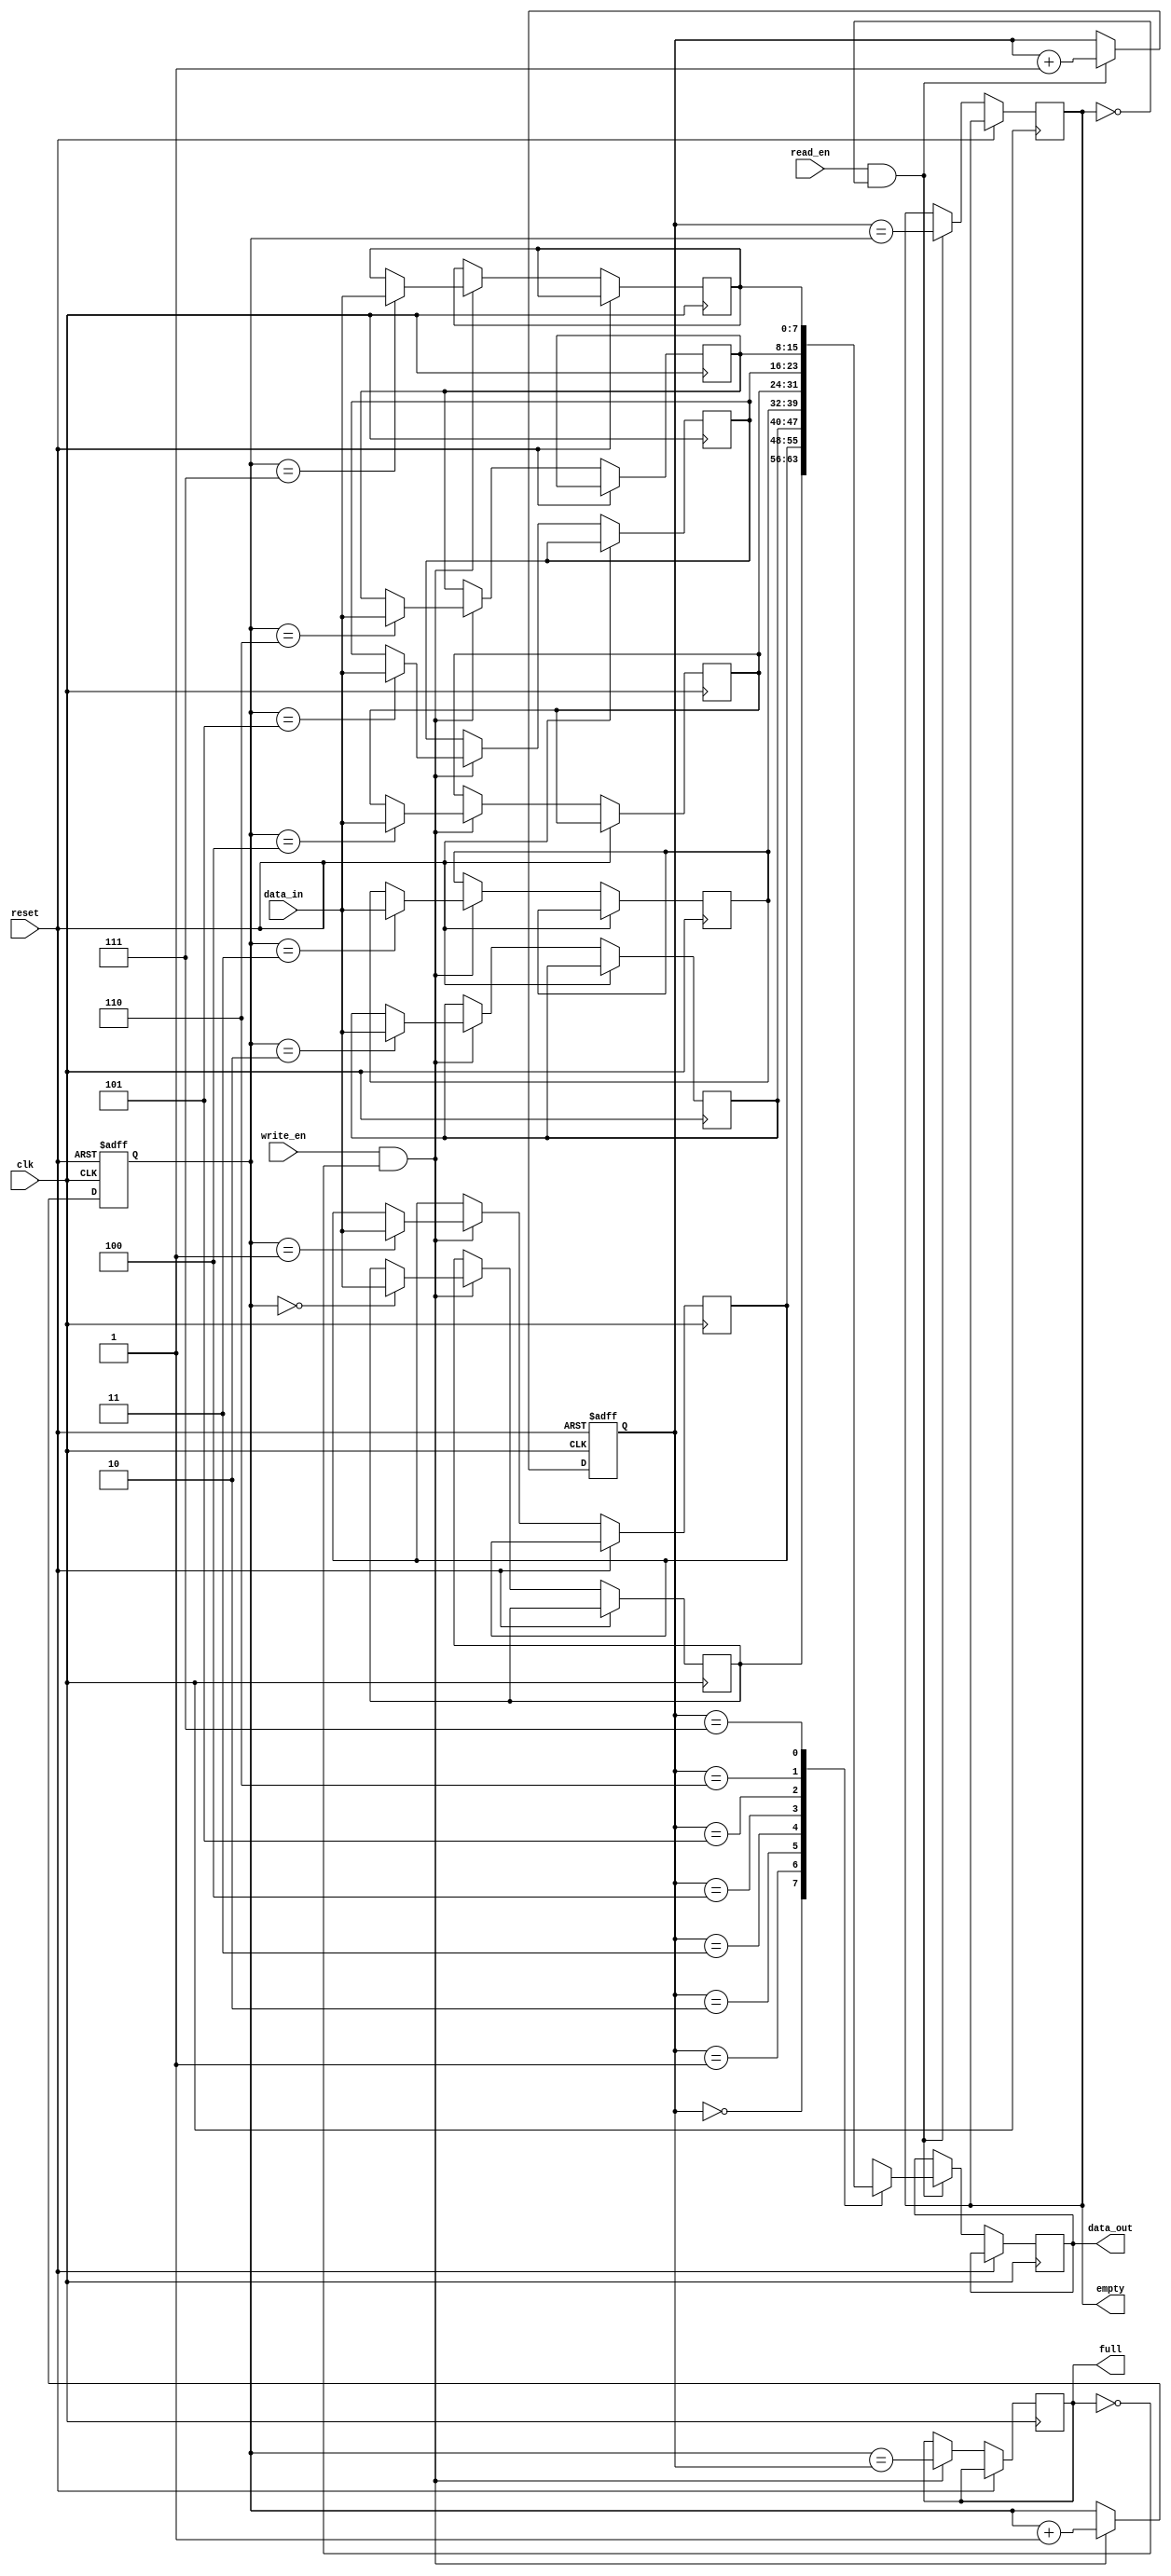
module CircularFIFO (
    input wire clk,
    input wire reset,
    input wire write_en,
    input wire read_en,
    input wire [7:0] data_in,
    output reg [7:0] data_out,
    output reg full,
    output reg empty
);

parameter DEPTH = 8; // Depth of FIFO buffer
reg [7:0] buffer [0:DEPTH-1];
reg [2:0] w_ptr;
reg [2:0] r_ptr;

always @(posedge clk or posedge reset) begin
    if (reset) begin
        w_ptr <= 3'b000;
        r_ptr <= 3'b000;
    end else begin
        if (write_en && !full) begin
            buffer[w_ptr] <= data_in;
            w_ptr <= w_ptr + 1;
            full <= (w_ptr == r_ptr);
        end
        
        if (read_en && !empty) begin
            data_out <= buffer[r_ptr];
            r_ptr <= r_ptr + 1;
            empty <= (r_ptr == w_ptr);
        end
    end
end

endmodule